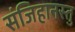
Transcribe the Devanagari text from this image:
संजिहानस्तु